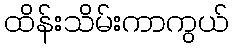
ထိန်းသိမ်းကာကွယ်